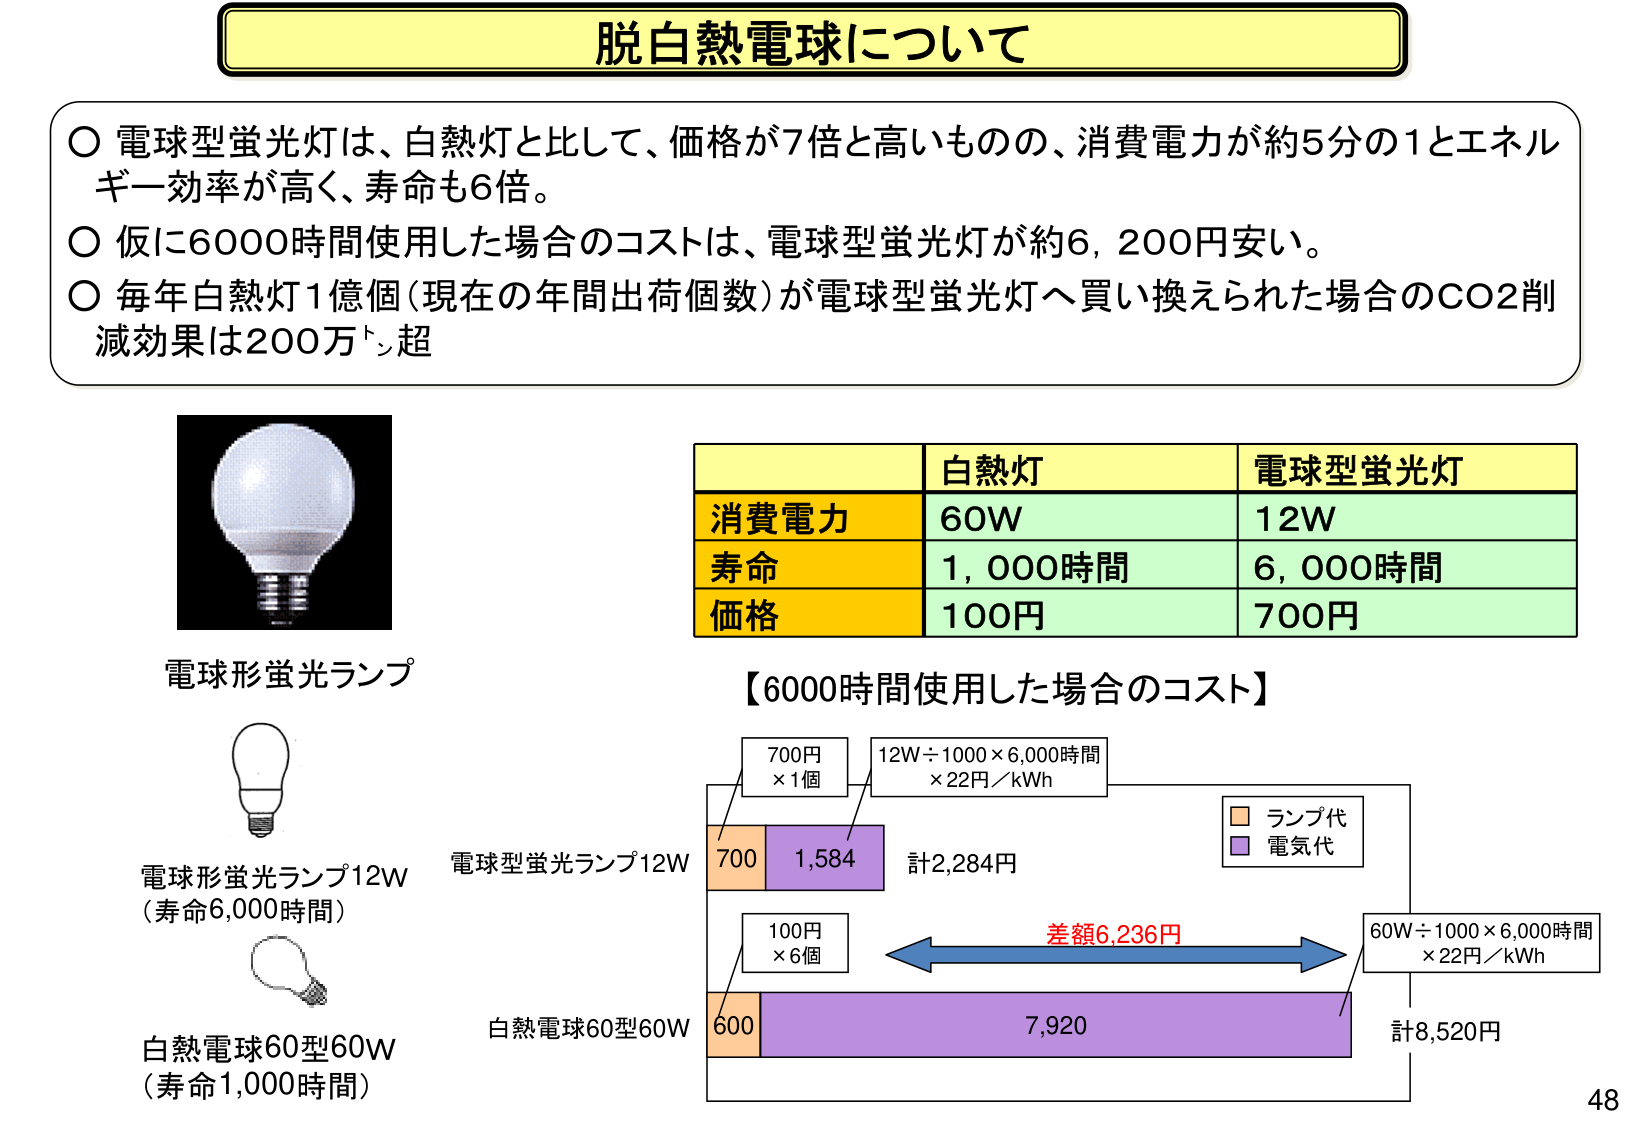
脱白熱電球について

○ 電球型蛍光灯は、白熱灯と比して、価格が7倍と高いものの、消費電力が約5分の1とエネルギー効率が高く、寿命も6倍。
○ 仮に6000時間使用した場合のコストは、電球型蛍光灯が約6,200円安い。
○ 毎年白熱灯1億個（現在の年間出荷個数）が電球型蛍光灯へ買い換えられた場合のCO2削減効果は200万トン超

電球形蛍光ランプ

白熱灯　　　　　　　電球型蛍光灯
消費電力　　　　　　60W　　　　　　　　12W
寿命　　　　　　　　1,000時間　　　　　6,000時間
価格　　　　　　　　100円　　　　　　　700円

【6000時間使用した場合のコスト】

700円
×1個

12W÷1000×6,000時間
×22円／kWh

700　　1,584　　計2,284円

ランプ代
電気代

100円
×6個

差額6,236円

60W÷1000×6,000時間
×22円／kWh

600　　　　7,920　　　　計8,520円

電球形蛍光ランプ12W
（寿命6,000時間）

電球型蛍光ランプ12W

白熱電球60型60W
（寿命1,000時間）

白熱電球60型60W

48